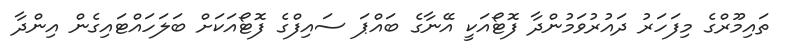
ތައިމޫރްގެ މިފަހަރު ދައުރުވަމުންދާ ފޮޓޯއަކީ އޭނާގެ ބައްޕަ ސައިފްގެ ފޮޓޯއަކަށް ބަލަހައްޓައިގެން އިންދާ